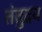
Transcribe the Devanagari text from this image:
तंतुद्रव